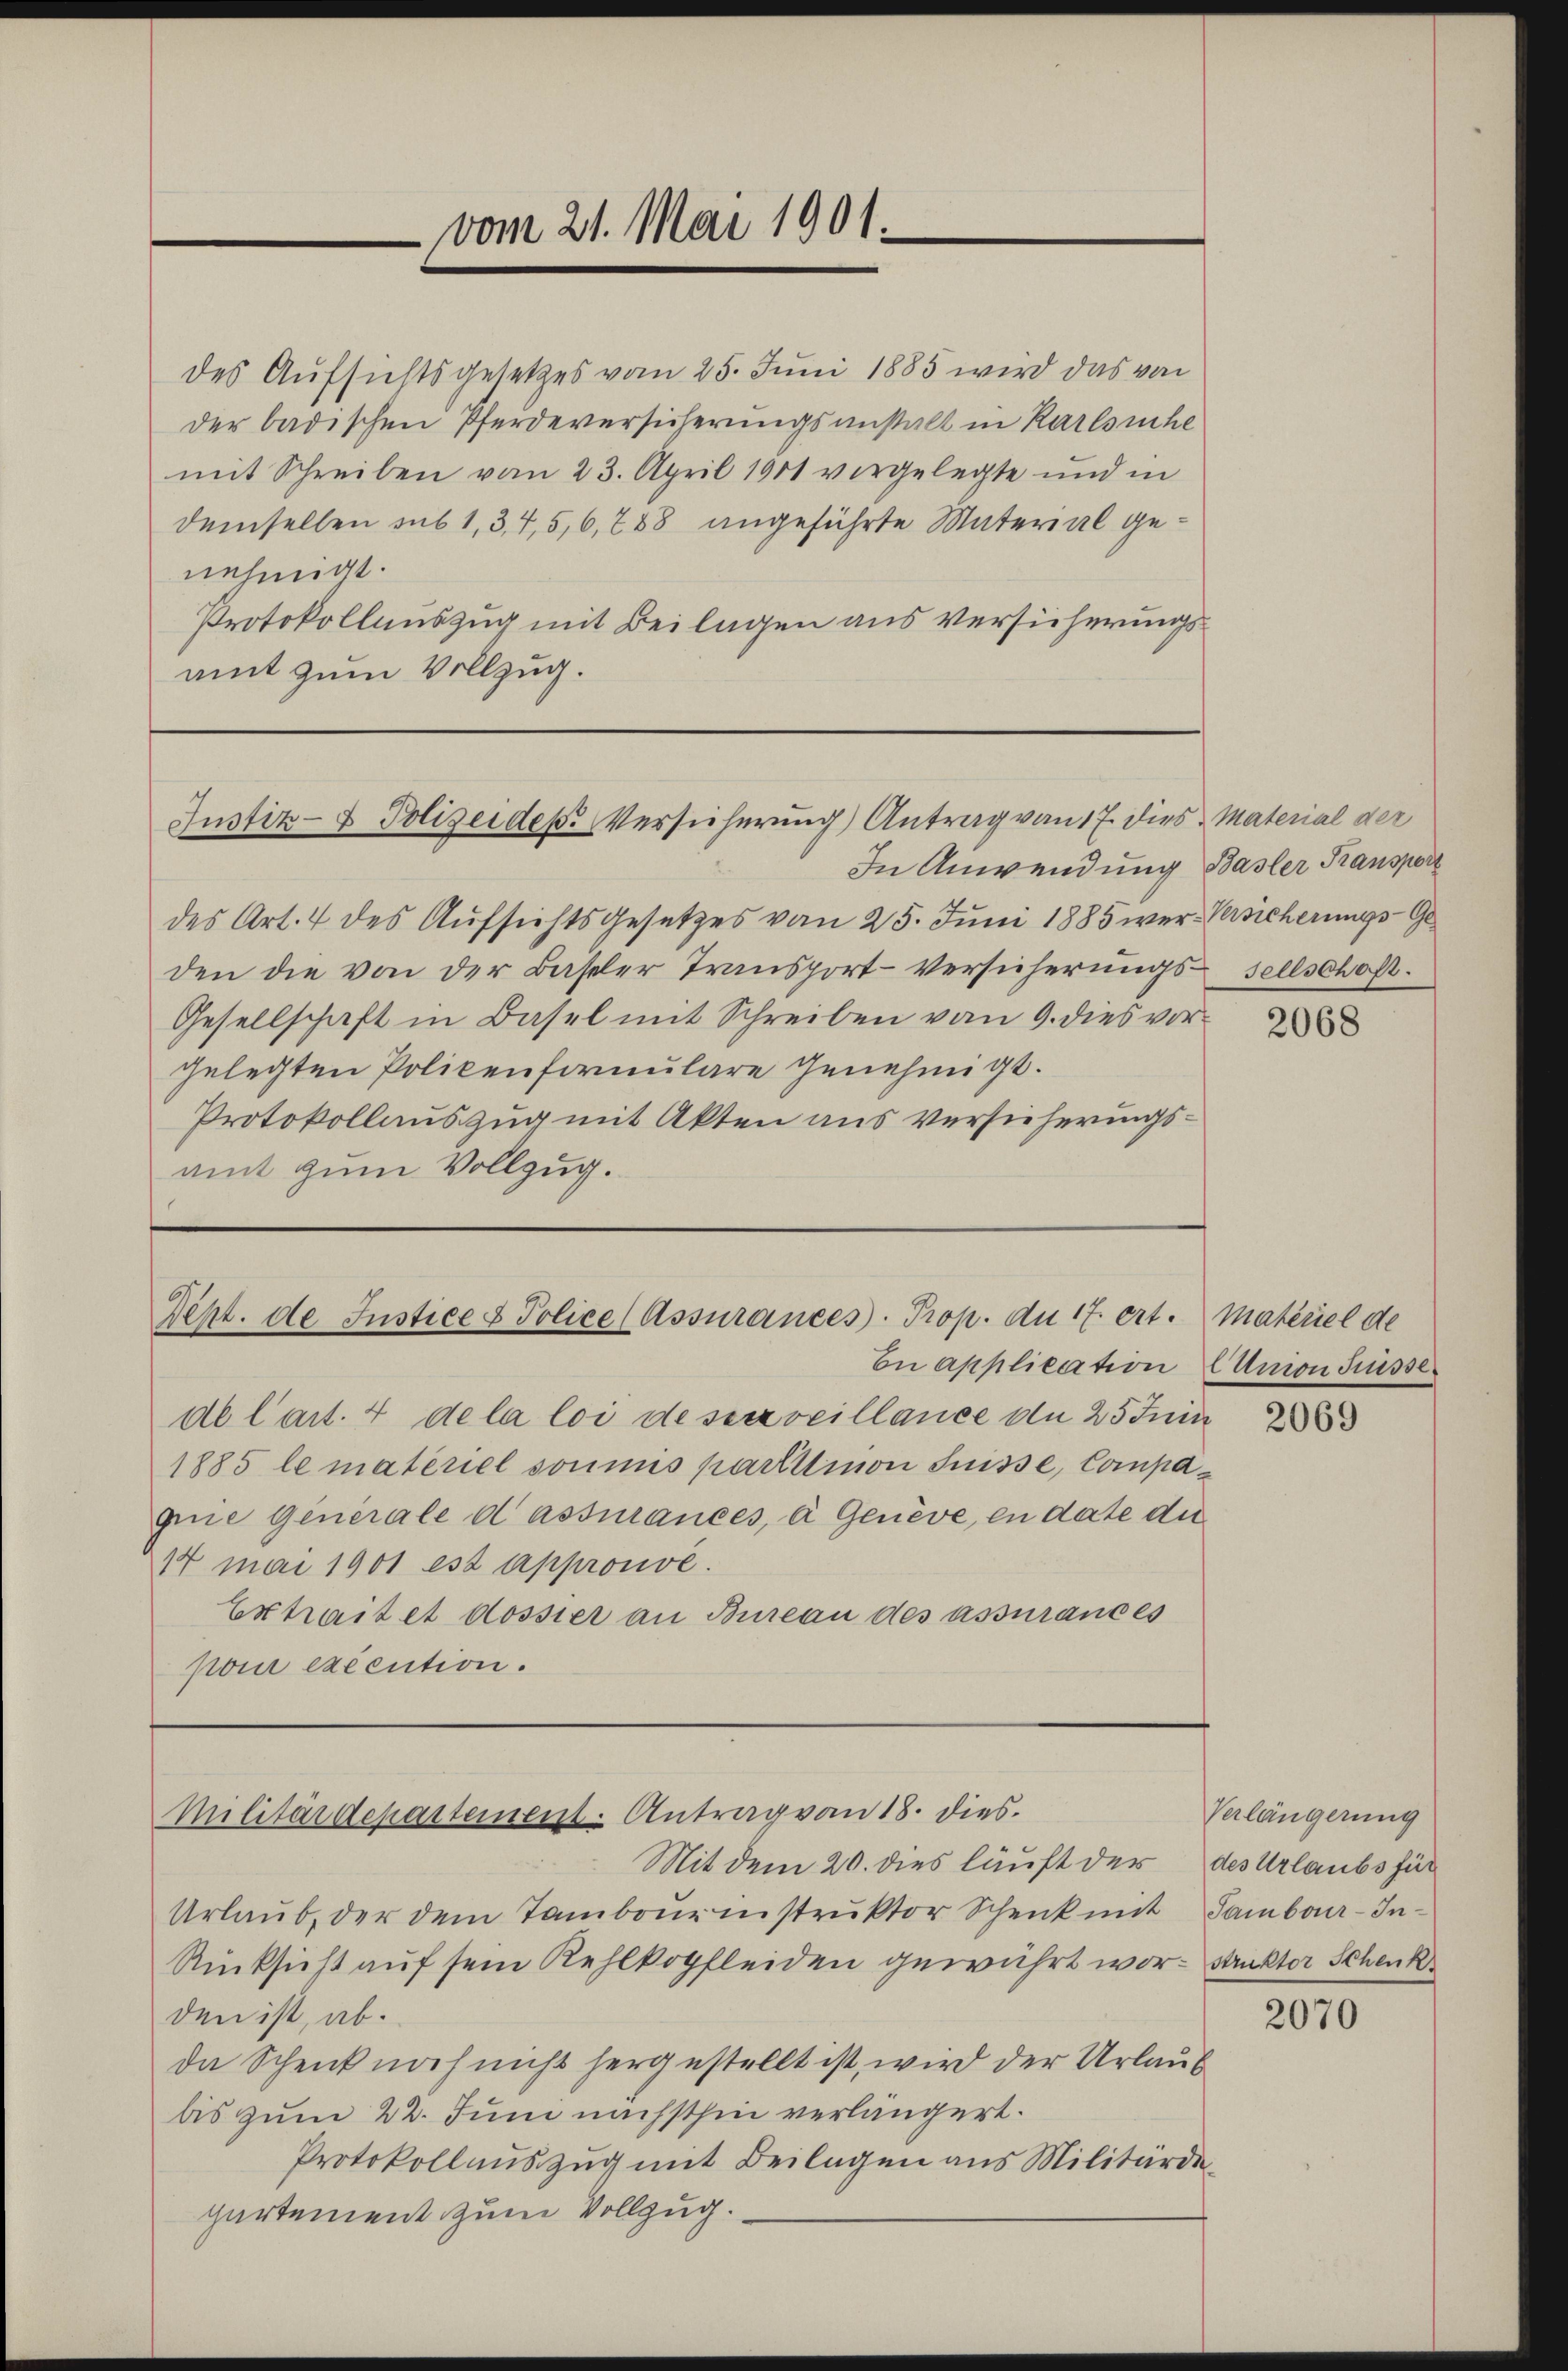
vom 21. Mai 1901.

des Aufsichtsgesetzes vom 25. Juni 1885 wird das von
der badischen Pferdeversicherungsanstalt in Karlsruhe
mit Schreiben vom 23. April 1901 vergelegte und in
demselben sub 1,3,4,5,6,788 angeführte Material genehmigt.
Protokollauszug mit Beilagen aus versicherungsamt zum Vollzug.

Justiz- & Polizeidep. Versicherung Antrag von 17. dies Material der

Dipt. de Justice & Police (Assurances. Prop. du 17. ert. Materiel de

In Anwendung Basler Transport
des Art. 4 des Aufsichtsgesetzes vom 25. Juni 1885 wer-Versicherungs-Geden die von der Baseler Transport-Versicherŭngs-sellschaft.
Gesellschaft in Basel mit Schreiben vom 9. dies vorgelegten Policenformulare genehmigt.
Protokollauszug mit Akten aus Versicherungsamt zum Vollzug.

de l’art. 4 de la loi de serveillance an 25 Ini
1885 le materiel soumis partition Suisse, Compagine Generale d assurances, ei Genève, en date die
14 Mai 1901 est approuvé.
Extrait et dossier an Bureau des assurances
pour exécution.

Militärdepartement. Antrag von 18. dies.

Mit dem 20. dies läuft der des Urlaubs für
Urlaub, der dem Tambour instruktor Schenk mit Sambour-In¬
Rücksicht auf sein Kehlkopfleiden gewährt wor- Sankter Schenk
den ist, ab.
da Schenk noch nicht hergestellt ist, wird der Urlaub
bis zum 22. Juni nächsthin verlängert.
Protokollauszug mit Beilagen aus Militärde
partement zum Vollzug.

En application (Union Früsse.

2068

2069

Verlängerung

2070